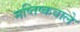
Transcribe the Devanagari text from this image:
मष्तिष्कवाले